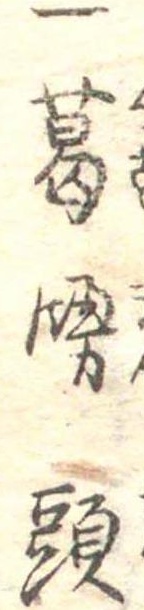
一葛饅頭